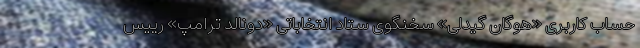
حساب کاربری «هوگان گیدلی» سخنگوی ستاد انتخاباتی «دونالد ترامپ» رییس